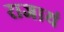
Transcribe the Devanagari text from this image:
राजायं